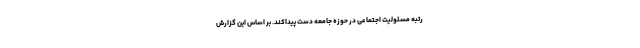
رتبه مسئولیت اجتماعی در حوزه جامعه دست پیداکند. بر اساس این گزارش